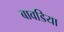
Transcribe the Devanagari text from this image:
बावडिया